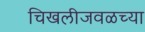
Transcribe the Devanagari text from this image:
चिखलीजवळच्या